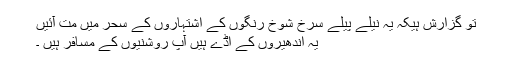
تو گزارش ہیکہ یہ نیلے پیلے سرخ شوخ رنگوں کے اشتہاروں کے سحر میں مت آئیں
یہ اندھیروں کے اڈے ہیں آپ روشنیوں کے مسافر ہیں ۔